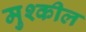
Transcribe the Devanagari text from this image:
मुश्कील